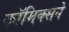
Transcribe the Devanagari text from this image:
कॉमिक्सने